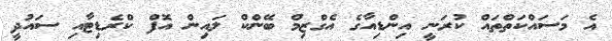
އެ މަސައްކަތްތައް ކުރަނީ އިންޑިއާގެ އެގްޒިމް ބޭންކް ލައިން އޮފް ކްރެޑިޓާއި ސައުދީ